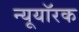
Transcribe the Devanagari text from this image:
न्यूयॉरक